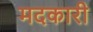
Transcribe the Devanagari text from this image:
मदकारी